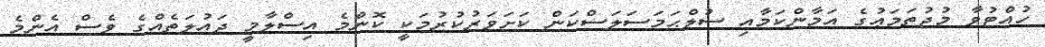
ހުއްޓުވާ މުޖުތަމަޢުގެ އަމާންކަމާއި ސުލްޙަމަސަލަސްކަން ކަށަވަރުކުރުމަކީ ކޮންމެ އިސްލާމީ ދައުލަތެއްގެ ވެސް އެންމެ